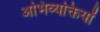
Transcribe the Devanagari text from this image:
अभिव्‍यक्तियों